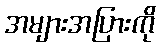
အများအပြားကို